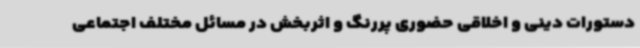
دستورات دینی و اخلاقی حضوری پررنگ و اثربخش در مسائل مختلف اجتماعی